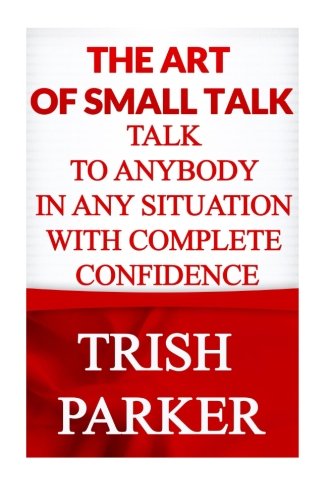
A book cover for The Art of Small Talk: Talk To Anybody in Any Situation With Complete Confidence; Trish Parker; Self-Help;